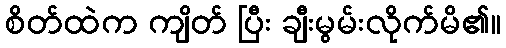
စိတ်ထဲက ကျိတ် ပြီး ချီးမွမ်းလိုက်မိ၏။